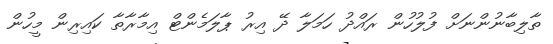
ތާލިބާނުންނަށް ފުލުހުން ރައްދު ހަމަލާ ދޭ އިރު ޕާލަމެންޓް އިމާރާތާ ކައިރިން މީހުން